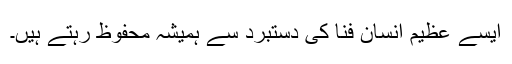
ایسے عظیم انسان فنا کی دستبرد سے ہمیشہ محفوظ رہتے ہیں۔